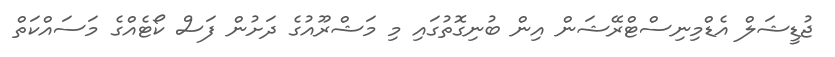
ޖުޑީޝަލް އެޑްމިނިސްޓްރޭޝަން އިން ބުނިގޮތުގައި މި މަޝްރޫއުގެ ދަށުން ފަސް ކޯޓެއްގެ މަސައްކަތް